Vaccine operations Central Provinces 1886-1899 - 1886-1899
Year: 1886
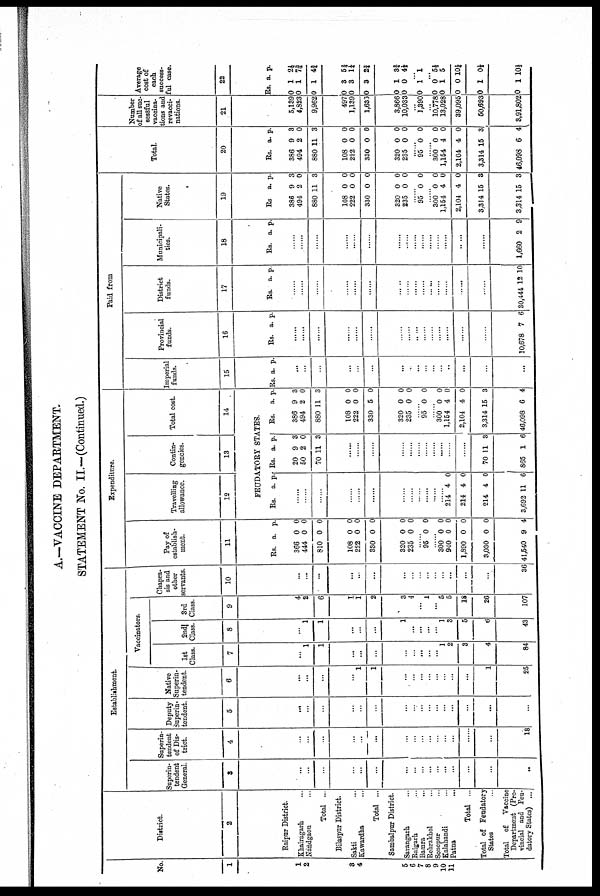
A.—VACCINE DEPARTMENT.
STATEMENT No. II.—(Continued.)
No.
1
1
2
3
4
5
6
7
8 9
11 11
District.
2
Raipur District.
Khairagarh ...
Nandgaon ...
Total ..
Bilaspur District.
Sakti ...
Kawardha ...
Total ...
Sambalpur District.
Sarangarh ...
Raigarh ...
Bamra ...
Rehrakhol ...
Sonepur ...
Kalahandi ...
Patna
...
Total ...
Total of Feudatory
States ...
Total of
Vaccine
Department (Pro-
vincial and Feu-
datory States) ...
Establishment.
Superin-
tendent
General.
3
...
...
...
...
...
...
...
...
...
...
...
...
...
...
...
...
Superin-
tendent
of Dis-
trict.
4
...
...
...
...
...
...
...
...
...
...
...
...
...
...
18
Deputy
Superin-
tendent.
5
...
...
...
...
...
...
...
...
...
...
...
...
...
...
...
...
Native
Superin-
tendent.
6
...
...
...
...
1
1
...
...
...
...
...
...
...
...
1
25
Vaccinators.
1st
Class.
7
...
1
1
...
...
...
...
...
...
...
...
1
2
3
4
84
2nd
Class.
8
...
1
1
...
...
...
1
...
...
...
...
1
3
5
6
43
3rd
Class.
9
4
2
6
1
1
2
3
4
...
1
...
5
5
18
26
107
Chapra-
sis and
other
servants.
10
...
...
...
...
...
...
...
...
...
...
...
...
...
...
...
36
Expenditure.
Pay of
establish-
ment.
11
Rs.
366
444
810
108
222
330
320
235
a.
0
0
0
0
0
0
0
0
p.
0
0
0
0
0
0
0
0
......
95 0 0
....
300
940
1,890
3,030
41,540
0
0
0
0
9
0
0
0
0
4
Travelling
allowance.
12
Contin-
gencies.
13
Total cost.
14
FEUDATORY STATES.
Rs. a. p
......
......
......
......
......
......
......
......
......
.
......
214
214
214
3,692
4
4
4
11
0
0
0
6
Rs.
20
50
70
a.
9
2
11
p.
3
0
3
......
......
......
......
......
......
......
70
865
11
1
3
6
Rs.
386
494
880
108
222
330
320
235
a.
9
2
11
0
0
5
0
0
p.
3
0
3
0
0
0
0
0
......
95 0 0
......
300
1,154
2,104
3,314
46,098
0
4
4
15
6
0
0
0
3
4
Paid from
Imperial
funds.
15
Rs. a. p.
...
...
...
...
...
...
...
...
...
...
...
...
...
...
...
...
Provincial
funds.
16
Rs. a. p.
......
......
......
......
......
......
......
......
......
......
......
......
......
......
10,678 7 6
District
funds.
17
Rs. a. p.
......
......
......
......
......
......
......
......
......
......
30,444 12 10
Municipali-
ties.
18
Rs. a. p.
......
......
......
......
......
......
......
......
......
......
......
1,660 2 9
Native
States.
19
Rs
386
494
880
108
222
330
320
235
a.
9
2
11
0
0
0
0
0
p.
3
0
3
0
0
0
0
0
95 0 0
......
300
1,154
2,104
3,314
3,314
0
4
4
15
15
0
0
0
3
3
Total.
20
Rs.
386
494
880
108
222
330
320
235
a.
9
2
11
0
0
0
0
0
p.
3
0
3
0
0
0
0
0
......
95 0 0
......
300
1,154
2,104
3,314
46,098
0
4
4
15
6
0
0
0
3
4
Number
of all suc-
sessful
vaccina-
tions and
re vacci-
nations.
21
5,139
4,823
9,962
497
1,139
1,633
3,866
10,033
...
1,390
...
10,778
13,028
39,095
50,693
3,91,802
Average
cost of
each
success-
ful case.
22
Rs
0
0
0
0
0
0
0
0
a.
1
1
1
3
3
3
1
0
p.
2½
7 ¾
4¾
5¾
1¼
2¼
3¾
4½
...
0 1 1
...
0
0
0
0
0
0
1
0
1
1
5½
5
10¼
0½
10½